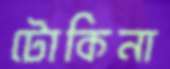
টোকিনা